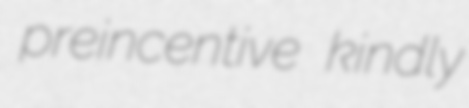
preincentive kindly